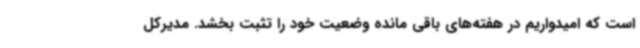
است که امیدواریم در هفته‌های باقی مانده وضعیت خود را تثبت بخشد. مدیرکل